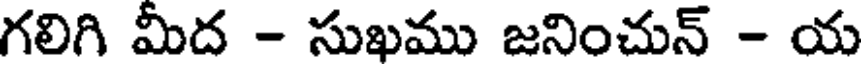
గలిగి మీద - సుఖము జనించున్ - య